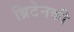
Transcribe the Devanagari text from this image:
ब्रिटेनकी